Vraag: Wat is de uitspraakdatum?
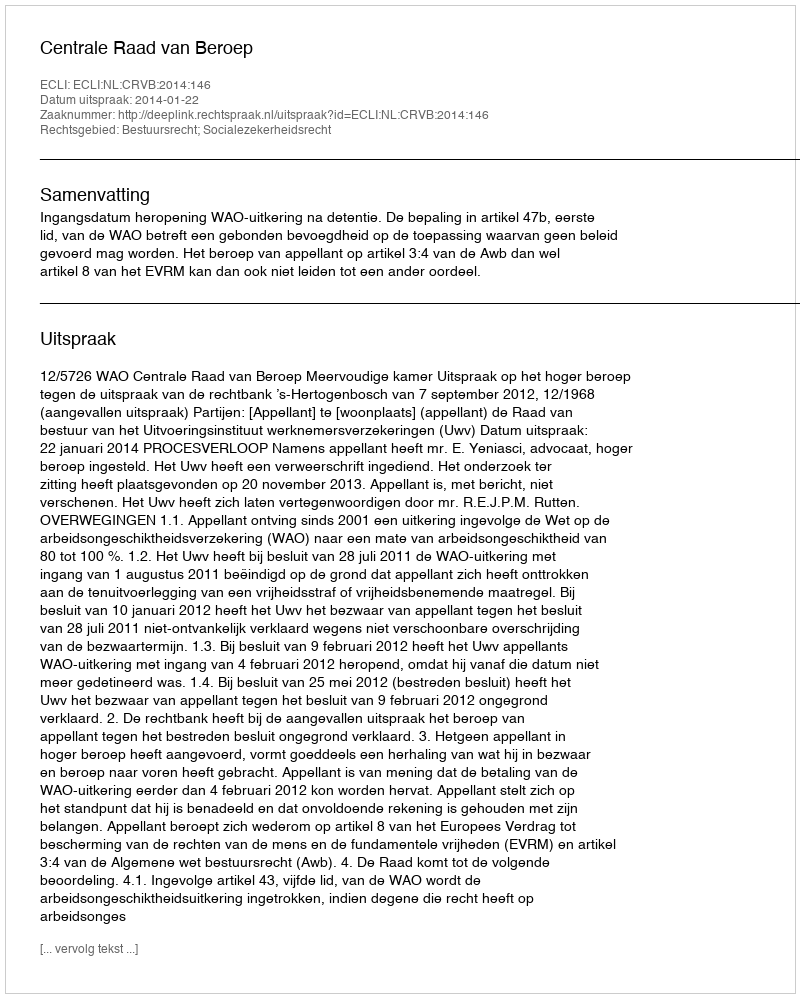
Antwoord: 2014-01-22